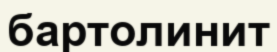
бартолинит